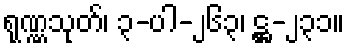
ရုဏ္ဏသုတ်၊ ၃-ပါ-၂၆၃၊ ဋ္ဌ-၂၃၁။